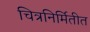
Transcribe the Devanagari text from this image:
चित्रनिर्मितीत